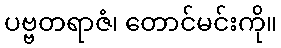
ပဗ္ဗတရာဇံ၊ တောင်မင်းကို။